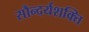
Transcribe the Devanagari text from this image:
सौन्दर्यशक्ति